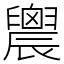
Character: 䢉